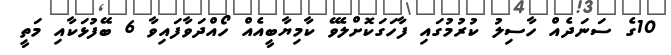
10ގެ ސަނަދެއް ހާސިލު ކުރުމުގައި ފާހަގަކޮށްލެވޭ ކާމިޔާބީއެއް ހޯއްދަވާފައިވާ 6 ބޭފުޅަކާއި މަތީ